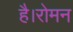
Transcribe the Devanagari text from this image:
है।रोमन